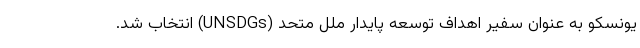
یونسکو به عنوان سفیر اهداف توسعه پایدار ملل متحد (UNSDGs) انتخاب شد.